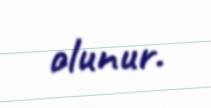
olunur.